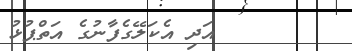
١٠٨       އަދި އެކަލޭގެފާނުގެ އަތްޕުޅު